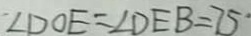
\angle D O E = \angle D E B = 7 5 ^ { \circ }